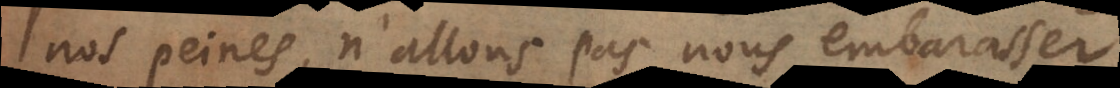
nos peines, n’allons pas nous embarasser